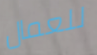
للعمال